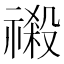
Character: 𮂎